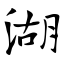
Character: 湖